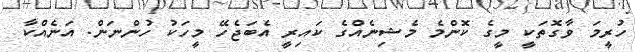
ހުރީމަ ވާގޮތަކީ މީގެ ކޮންމެ މެޝިނެއްގެ ކައިރީ އެބަޖެހޭ މީހަކު ހުންނަން. އަނެއްކާ